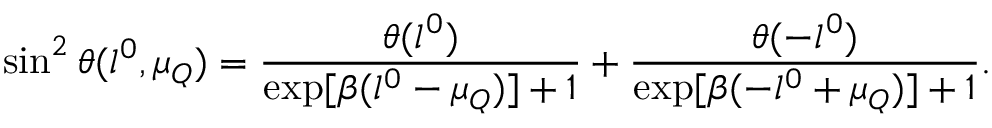
\sin ^ { 2 } \theta ( l ^ { 0 } , \mu _ { Q } ) = \frac { \theta ( l ^ { 0 } ) } { \exp [ \beta ( l ^ { 0 } - \mu _ { Q } ) ] + 1 } + \frac { \theta ( - l ^ { 0 } ) } { \exp [ \beta ( - l ^ { 0 } + \mu _ { Q } ) ] + 1 } .